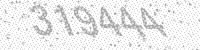
Solution: 319444